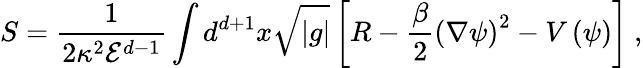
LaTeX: S=\frac{1}{2\kappa^{2}{\mathcal E}^{d-1}}\int d^{d+1}x\sqrt{|g|}\left[R-\frac{\beta}{2}\left(\nabla\psi\right)^{2}-V\left(\psi\right)\right]\ ,